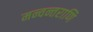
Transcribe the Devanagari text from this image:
मन्वन्तराणि